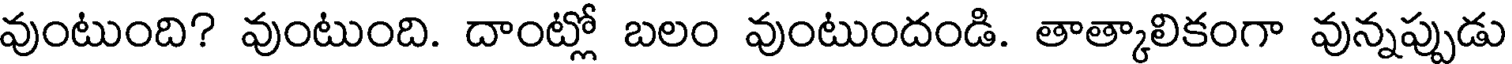
వుంటుంది? వుంటుంది. దాంట్లో బలం వుంటుందండి. తాత్కాలికంగా వున్నప్పుడు